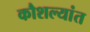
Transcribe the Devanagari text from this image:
कौशल्यांत